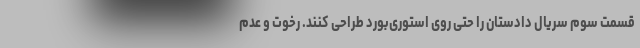
قسمت سوم سریال دادستان را حتی روی استوری‌بورد طراحی کنند. رخوت و عدم